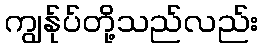
ကျွန်ုပ်တို့သည်လည်း